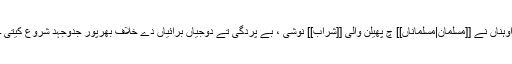
اوہناں نے [[مسلمان|مسلماناں]] چ پھیلن والی [[شراب]] نوشی ، بے پردگی تے دوجیاں برائیاں دے خلاف بھرپور جدوجہد شروع کیتی ۔